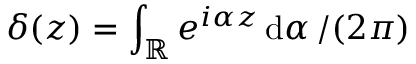
\delta ( z ) = \int _ { \mathbb { R } } e ^ { i \alpha z } \, { \mathrm { d } \alpha } \, / ( 2 \pi )